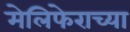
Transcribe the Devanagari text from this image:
मेलिफेराच्या